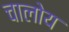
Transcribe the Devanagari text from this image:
चालोय